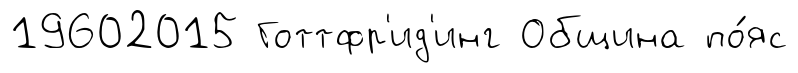
19602015 Готтфр'ид'инг Община по́яс